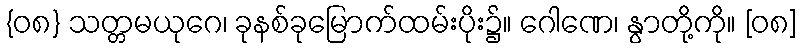
{၀၈} သတ္တမယုဂေ၊ ခုနစ်ခုမြောက်ထမ်းပိုး၌။ ဂေါဏေ၊ နွာတို့ကို။ [၀၈]